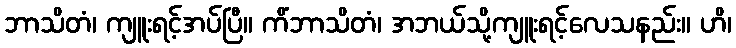
ဘာသိတံ၊ ကျူးရင့်အပ်ပြီ။ ကိံဘာသိတံ၊ အဘယ်သို့ကျူးရင့်လေသနည်း။ ဟိ၊